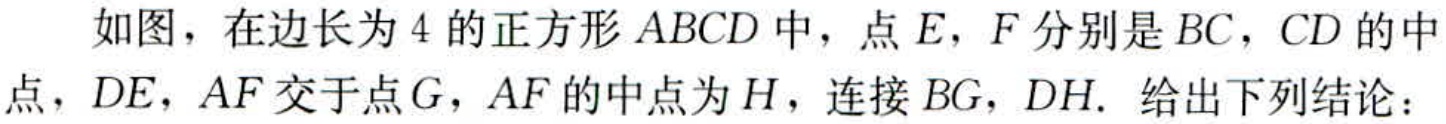
如图，在边长为4的正方形 \(ABCD\) 中，点 \(E\)，\(F\) 分别是 \(BC\)，\(CD\) 的中点，\(DE\)，\(AF\) 交于点 \(G\)，\(AF\) 的中点为 \(H\)，连接 \(BG\)，\(DH\)。给出下列结论：